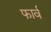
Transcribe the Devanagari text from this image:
फार्व